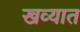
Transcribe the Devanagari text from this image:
खव्यात